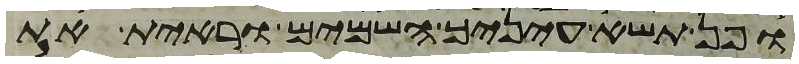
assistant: ופן תשא עיניך השמים וראית את